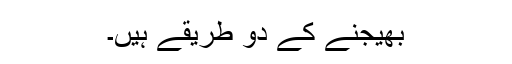
بھیجنے کے دو طریقے ہیں۔